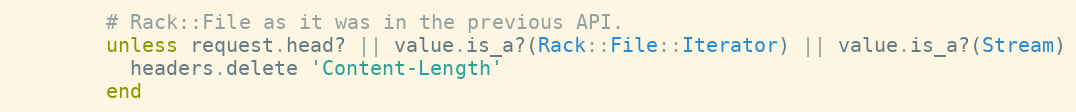
Language: Ruby
        # Rack::File as it was in the previous API.
        unless request.head? || value.is_a?(Rack::File::Iterator) || value.is_a?(Stream)
          headers.delete 'Content-Length'
        end